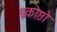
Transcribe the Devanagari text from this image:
प्रकोष्ठो